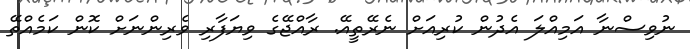
ނުވިސްނާ އަމިއްލަ އެދުން ކުރިއަށް ނެރޭތީއޭ. ރާއްޖޭގެ ވިޔަފާރި ވެރިންނަށް ކޮން ކަމެއްތޭ